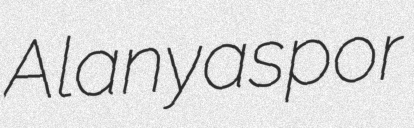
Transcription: Alanyaspor